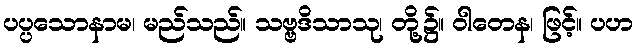
ပပ္ပသောနာမ၊ မည်သည်။ သဗ္ဗဒိသာသု၊ တို့၌။ ဝါတေန၊ ဖြင့်။ ပဟ